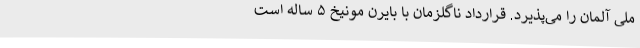
ملی آلمان را می‌پذیرد. قرارداد ناگلزمان با بایرن مونیخ ۵ ساله است